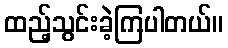
ထည့်သွင်းခဲ့ကြပါတယ်။